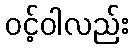
ဝင့်ဝါလည်း